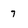
Character: 7